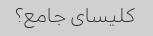
کلیسای جامع؟